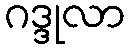
ဂဒ္ဒုလာ